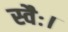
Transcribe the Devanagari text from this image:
स्वैः।